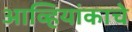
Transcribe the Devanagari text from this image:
आव्हियांकाचे